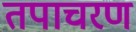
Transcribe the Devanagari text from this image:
तपाचरण